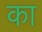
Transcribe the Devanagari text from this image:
का